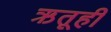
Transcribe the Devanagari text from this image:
ऋतूही